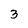
Character: 3